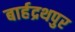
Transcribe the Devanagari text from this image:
बार्हद्रथपुर